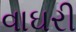
વાઘરી